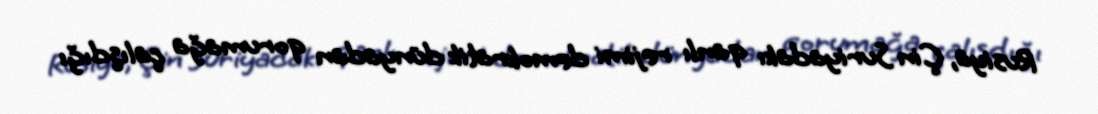
Rusiya, Çin Suriyadakı qanlı rejimi demokratik dünyadan qorumağa çalışdığı